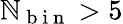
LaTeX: \mathbb{N}_{\mathrm{{~b~i~n~}}}>5